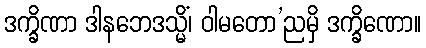
ဒက္ခိဏာ ဒါနဘေဒသ္မိံ၊ ဝါမတော’ညမှိ ဒက္ခိဏော။